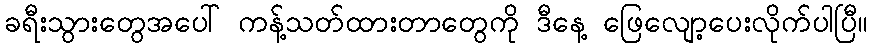
ခရီးသွားတွေအပေါ် ကန့်သတ်ထားတာတွေကို ဒီနေ့ ဖြေလျော့ပေးလိုက်ပါပြီ။